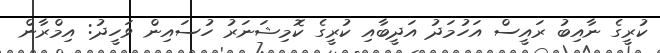
ކުރީގެ ނާއިބު ރައީސް އަހުމަދު އަދީބާއި ކުރީގެ ކޮމިޝަނަރު ހުސައިން ވަހީދު: އިމްރާން